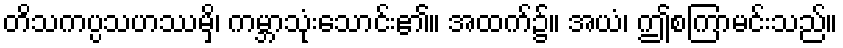
တိသကပ္ပသဟဿမှိ၊ ကမ္ဘာသုံးသောင်း၏။ အထက်၌။ အယံ၊ ဤစကြာမင်းသည်။